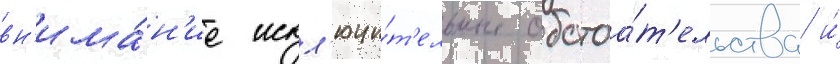
вн'има́н'ие искл'ючи́т'ельные обстоа́т'ельства и́